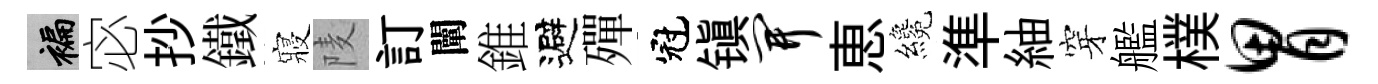
褊宓抄鐵寢𨹧訂闡錐避殫冠镇开恵纔準紬穿艦樸胃